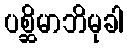
ပစ္ဆိမာဘိမုခါ